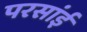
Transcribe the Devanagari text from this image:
परसांई